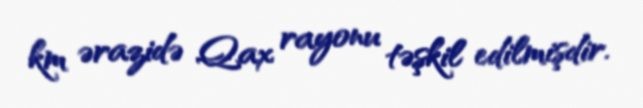
km ərazidə Qax rayonu təşkil edilmişdir.